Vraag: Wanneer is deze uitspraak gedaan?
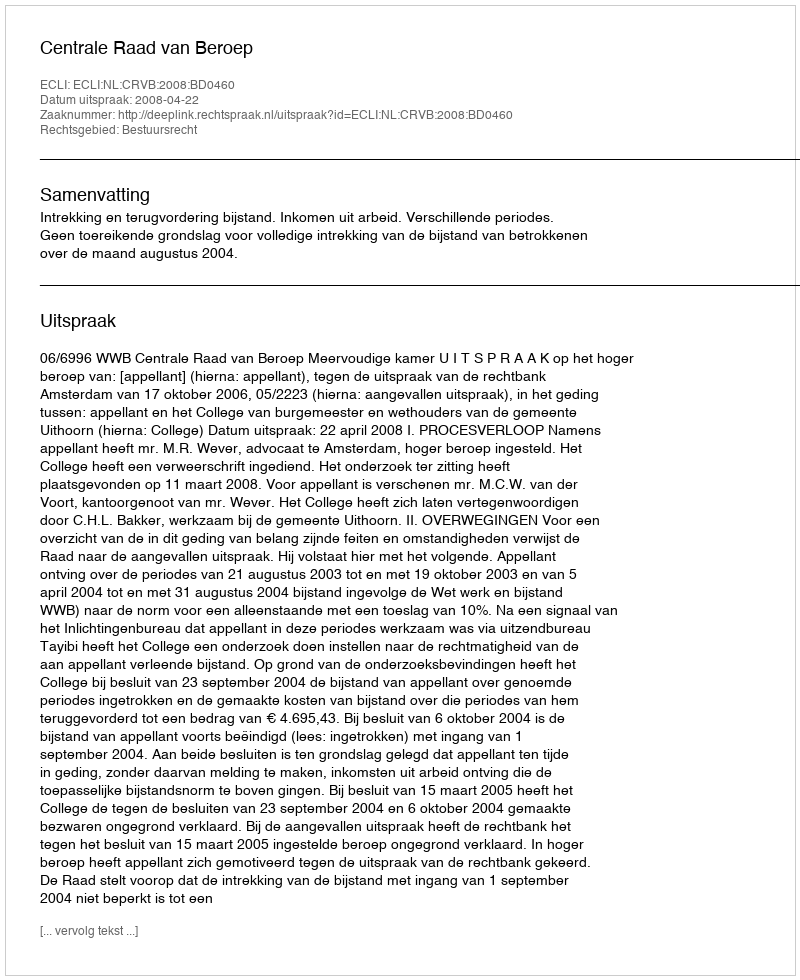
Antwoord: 2008-04-22